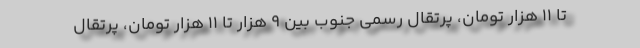
تا ۱۱ هزار تومان، پرتقال رسمی جنوب بین ۹ هزار تا ۱۱ هزار تومان، پرتقال